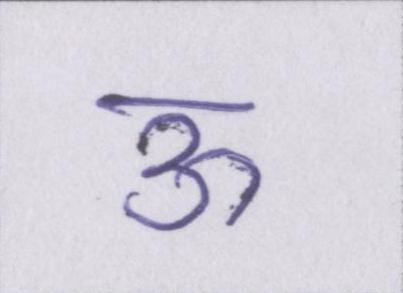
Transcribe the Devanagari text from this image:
ऊ